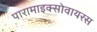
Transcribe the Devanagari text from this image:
पारामाइक्सोवायरस